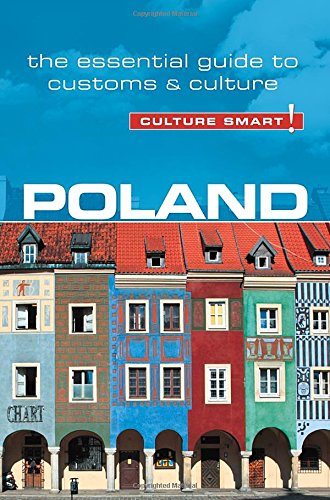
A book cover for Poland - Culture Smart!: The Essential Guide to Customs & Culture; Greg Allen; Travel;